Lunatic asylums Burma 1907-21 - 1907-1921
Year: 1907
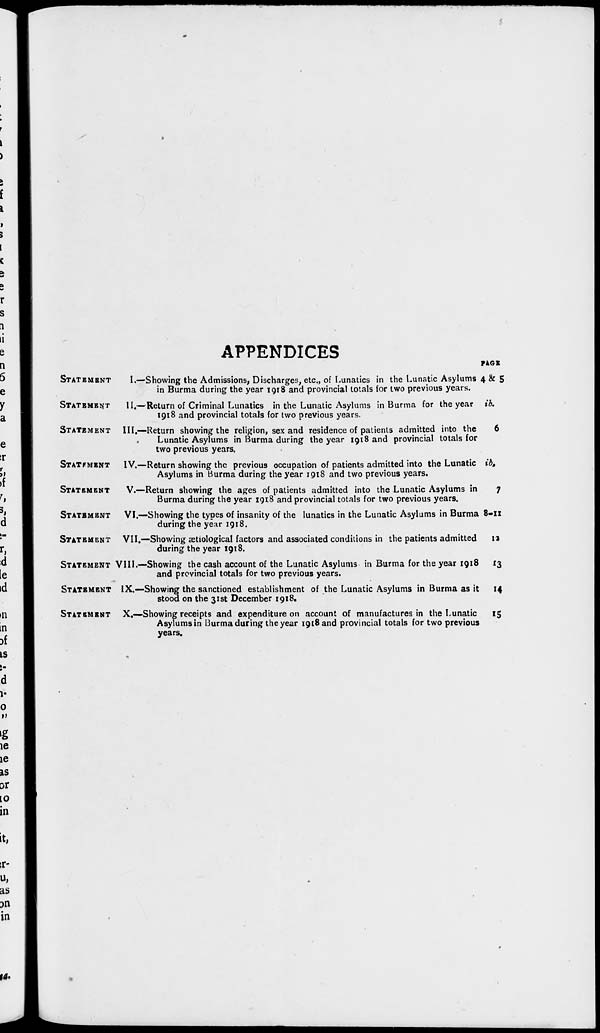
APPENDICES
STATEMENT
STATEMENT
STATEMENT
STATEMENT
STATEMENT
STATEMENT
STATEMENT
STATEMENT
STATEMENT
STATEMENT
I.—Showing the Admissions, Discharges, etc., of Lunatics in the Lunatic Asylums
in Burma during the year 1918 and provincial totals for two previous years.
II.—Return of Criminal Lunatics in the Lunatic Asylums in Burma for the year
1918 and provincial totals for two previous years.
III.—Return showing the religion, sex and residence of patients admitted into the
Lunatic Asylums in Burma during the year 1918 and provincial totals for
two previous years.
IV.—Return showing the previous occupation of patients admitted into the Lunatic
Asylums in Burma during the year 1918 and two previous years.
V.—Return showing the ages of patients admitted into the Lunatic Asylums in
Burma during the year 1918 and provincial totals for two previous years.
VI.—Showing the types of insanity of the lunatics in the Lunatic Asylums in Burma
during the year 1918.
VII.—Showing ætiological factors and associated conditions in the patients admitted
during the year 1918.
VIII.—Showing the cash account of the Lunatic Asylums in Burma for the year 1918
and provincial totals for two previous years.
IX.—Showing the sanctioned establishment of the Lunatic Asylums in Burma as it
stood on the 31st December 1918.
X.—Showing receipts and expenditure on account of manufactures in the Lunatic
Asylums in Burma during the year 1918 and provincial totals for two previous
years.
PAGE
4 & 5
ib.
6
ib.
7
8-11
12
13
14
15